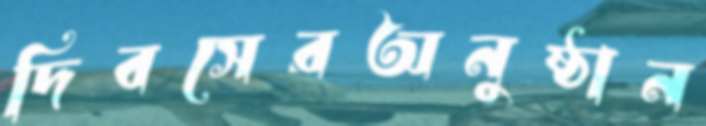
দিবসেরঅনুষ্ঠান